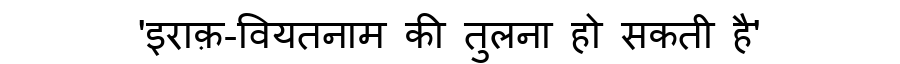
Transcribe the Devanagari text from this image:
'इराक़-वियतनाम की तुलना हो सकती है'